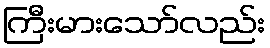
ကြီးမားသော်လည်း